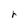
Character: r